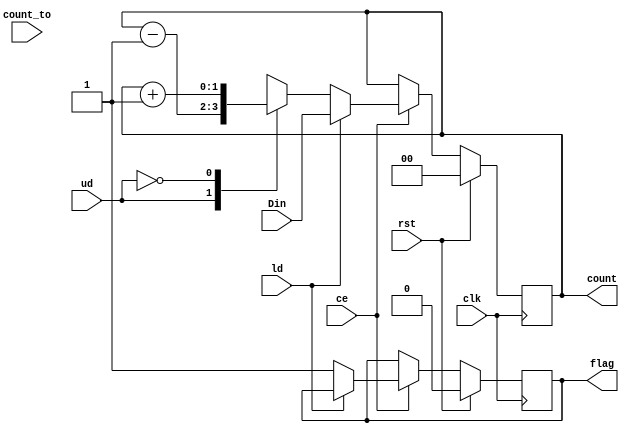
`timescale 1ns / 1ps
//////////////////////////////////////////////////////////////////////////////////
// Company: 
// Engineer: 
// 
// Design Name: 
// Module Name: UDF_counter
// Project Name: 
// Target Devices: 
// Tool Versions: 
// Description: 
// 
// Dependencies: 
// 
// Revision:
// Revision 0.01 - File Created
// Additional Comments:
// 
//////////////////////////////////////////////////////////////////////////////////


module UDF_counter #(parameter bus_width = 2, up = 0, down = 1)(
    input clk,                            // Synchronous Clock
    input rst,                            // Asynchronous Reset
    input [bus_width - 1 : 0] Din,        // Input Data
    input [bus_width - 1 : 0] count_to,   // Input Data
    input ld,                             // Control Signal - load
    input ud,                             // Control Signal - up/down
    input ce,                             // Control Signal - clock enable
    output reg [bus_width - 1 : 0] count, // Output Data
    output reg flag                       // Output data - flag
    );
    
always @ (posedge clk)
begin
    if (rst)
        begin
            count = 0;
            flag = 0;
        end
    else if (ce)
        begin
            if (ld)
                count = Din;
            else // Count up or down
                begin
                    case(ud)
                        down:   count = count - 1;
                        up:     count = count + 1;
                    endcase
                        if (count == count_to)
                            flag = 1'b1;
                        else
                            flag = 1'b1;
            end
        end
    else
        count = count;
end
endmodule